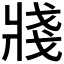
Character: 𤖆